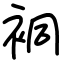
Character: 𧙥